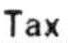
TAX